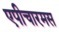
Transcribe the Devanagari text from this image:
एपीचारमस